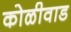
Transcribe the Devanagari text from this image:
कोळीवाड